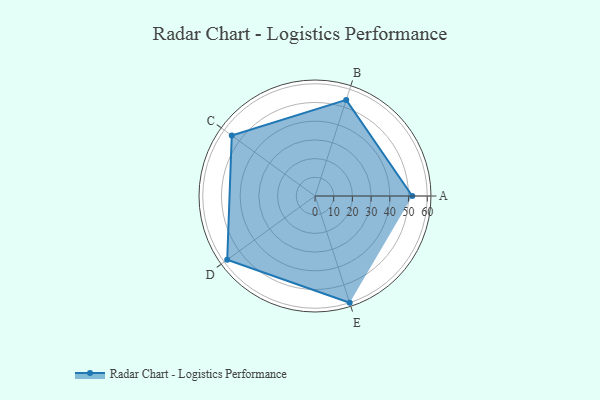
{"axis": {"x": "Skill", "y": "Score"}, "legend": ["Profile"], "data": [{"x": "A", "y": 52.0, "type": "Profile"}, {"x": "B", "y": 54.0, "type": "Profile"}, {"x": "C", "y": 55.0, "type": "Profile"}, {"x": "D", "y": 58.0, "type": "Profile"}, {"x": "E", "y": 60.0, "type": "Profile"}]}